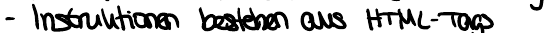
- Instruktionen bestehen aus HTML-Tags